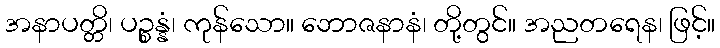
အနာပတ္တိ၊ ပဉ္စန္နံ၊ ကုန်သော။ ဘောဇနာနံ၊ တို့တွင်။ အညတရေန၊ ဖြင့်။